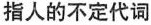
指人的不定代词